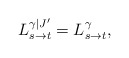
\begin{align*}L_{s\to t}^{\gamma|J'} = L_{s\to t}^{\gamma},\end{align*}